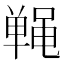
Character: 𬹤